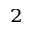
^ { 2 }